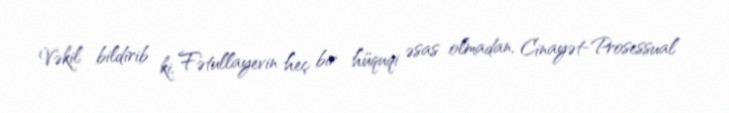
Vəkil bildirib ki, Fətullayevin heç bir hüquqi əsas olmadan, Cinayət-Prosessual